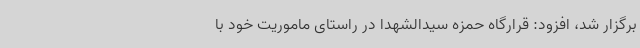
برگزار شد، افزود: قرارگاه حمزه سیدالشهدا در راستای ماموریت خود با